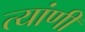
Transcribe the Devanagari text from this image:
त्यांणी